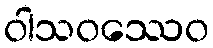
ဝါသဝဿေဝ